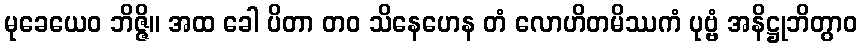
မုခေယေဝ ဘိဇ္ဇိ။ အထ ခေါ ပိတာ တဝ သိနေဟေန တံ လောဟိတမိဿကံ ပုဗ္ဗံ အနိဋ္ဌုဘိတွာဝ